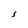
Character: S